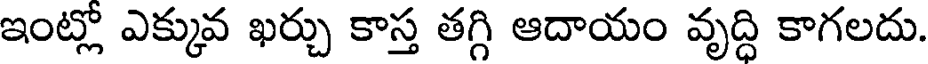
ఇంట్లో ఎక్కువ ఖర్చు కాస్త తగ్గి ఆదాయం వృద్ధి కాగలదు.